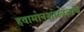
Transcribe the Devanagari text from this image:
हवामानशास्त्रज्ञांचे